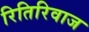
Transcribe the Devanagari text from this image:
रितिरिवाज